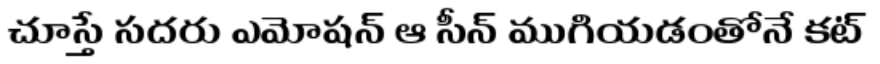
చూస్తే సదరు ఎమోషన్ ఆ సీన్ ముగియడంతోనే కట్